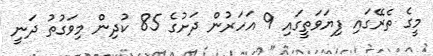
މީގެ ތެރޭގައި ފިޔަވަތީގައި 9 އަހަރުން ދަށުގެ 85 ކުދިން މިވަގުތު ދަނީ